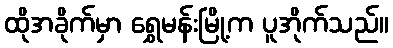
ထိုအခိုက်မှာ ရွှေမန်းမြို့က ပူအိုက်သည်။